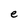
Character: e